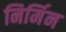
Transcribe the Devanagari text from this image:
निर्मिन